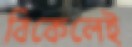
বিকেলেই